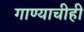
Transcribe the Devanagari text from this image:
गाण्याचीही